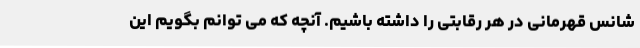
شانس قهرمانی در هر رقابتی را داشته باشیم. آنچه که می توانم بگویم این